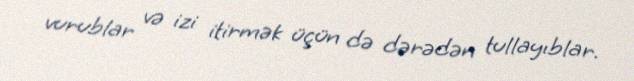
vurublar və izi itirmək üçün də dərədən tullayıblar.